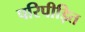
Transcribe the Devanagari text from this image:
परिपीड़ित